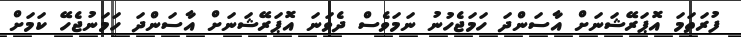
ފުރަތަމަ އޮޕަރޭޝަނަށް އާސަންދަ ހަމަޖެހުނު ނަމަވެސް ދެވަނަ އޮޕަރޭޝަނަށް އާސަންދަ ހަމަނުޖެހޭ ކަމަށް